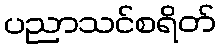
ပညာသင်စရိတ်